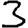
Digit: 3